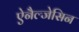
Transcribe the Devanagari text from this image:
ऐनैल्जेसिन